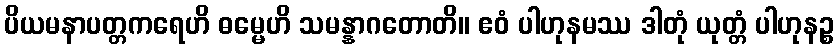
ပိယမနာပတ္တကရေဟိ ဓမ္မေဟိ သမန္နာဂတောတိ။ ဧဝံ ပါဟုနမဿ ဒါတုံ ယုတ္တံ ပါဟုနဉ္စ